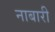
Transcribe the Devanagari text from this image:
नाबारी